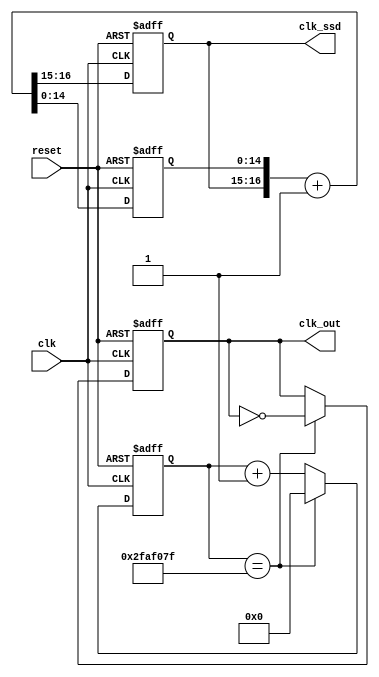
// `timescale 1ns / 1ps
//////////////////////////////////////////////////////////////////////////////////
// Company: 
// Engineer: 
// 
// Design Name: 
// Module Name: count50M
// Project Name: 
// Target Devices: 
// Tool Versions: 
// Description: 
// 
// Dependencies: 
// 
// Revision:
// Revision 0.01 - File Created
// Additional Comments:
// 
//////////////////////////////////////////////////////////////////////////////////

`define FRQ 26'd4999_9999
`define FRQBIT 26

module count50M(reset, clk, clk_out, clk_ssd);
    input reset, clk;
    output clk_out;
    output [1:0] clk_ssd;

    reg [25:0] q, q_tem;
    reg f_tem, clk_out;
    reg [16:0] temp_count; // input node to flip flops
    reg [14:0] count;
    reg [1:0] clk_ssd;
    
    // Combination
    always @*
        if (q == `FRQ)  q_tem = `FRQBIT'd0;
        else q_tem = q + 1'b1;
    always @*
        if (q == `FRQ)  f_tem = ~clk_out;
        else    f_tem = clk_out;
    always @*
        temp_count = {clk_ssd, count} + 1'b1;
    // Sequential 
    always @(posedge clk or negedge reset)
        if (~reset) q <= `FRQBIT'd0;
        else    q <= q_tem;
    always @(posedge clk or negedge reset)
        if (~reset) clk_out <= 1'b0;
        else clk_out <= f_tem;
    always @(posedge clk or negedge reset)
        if (~reset)
            {clk_ssd, count} <= 0;
        else
            {clk_ssd, count} <= temp_count;
endmodule